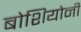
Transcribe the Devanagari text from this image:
बोशियोनी